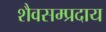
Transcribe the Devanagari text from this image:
शैवसम्प्रदाय